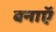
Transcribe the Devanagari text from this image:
बनाऍ